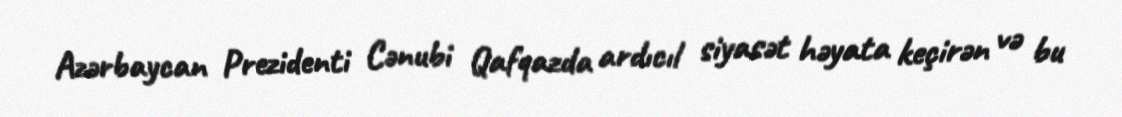
Azərbaycan Prezidenti Cənubi Qafqazda ardıcıl siyasət həyata keçirən və bu